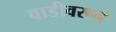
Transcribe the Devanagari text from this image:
वाडीवरून